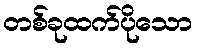
တစ်ခုထက်ပိုသော